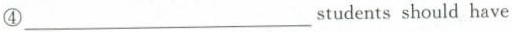
④___students should have